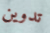
تدوين